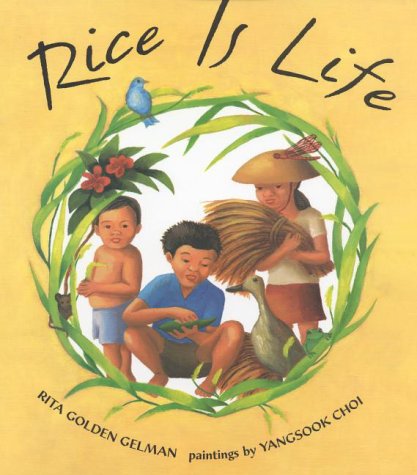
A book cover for Rice Is Life; Rita Golden Gelman; Children's Books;